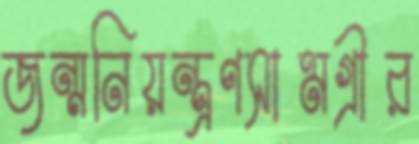
জন্মনিয়ন্ত্রণসামগ্রীর